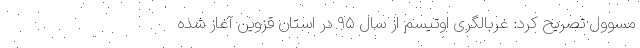
مسوول تصریح کرد: غربالگری اوتیسم از سال ۹۵ در استان قزوین آغاز شده